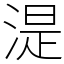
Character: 湜